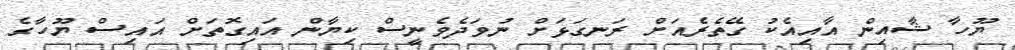
ޔޫހާ ޝާއިން އާއިއެކު ގޭތެރެއަށް ރަނގަޅަށް ނުވަދެވެނީސް ކިޔާން އައިގޮތަށް އައިސް ޔޫހާގެ